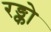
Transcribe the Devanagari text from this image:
रङ्को